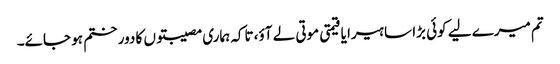
تم میرے لیے کوئی بڑا سا ہیرا یا قیمتی موتی لے آؤ، تاکہ ہماری مصیبتوں کا دور ختم ہو جائے۔